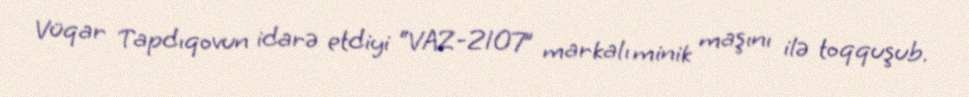
Vüqar Tapdıqovun idarə etdiyi “VAZ-2107” markalı minik maşını ilə toqquşub.